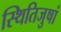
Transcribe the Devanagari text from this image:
स्थितिजुषां